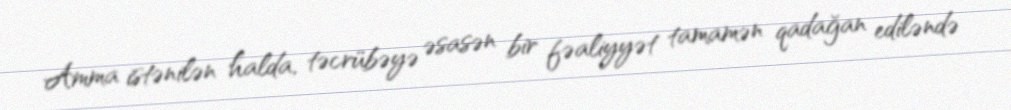
Amma istənilən halda, təcrübəyə əsasən bir fəaliyyət tamamən qadağan ediləndə